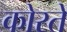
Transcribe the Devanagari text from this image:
कोरते